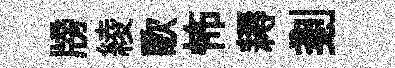
牓綾歌怖耨剗